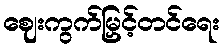
ဈေးကွက်မြှင့်တင်ရေး